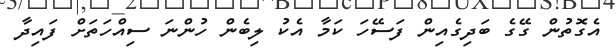
އެގޮތުން ގޭގެ ބަދިގެއިން ފަސޭހަ ކަމާ އެކު ލިބެން ހުންނަ ސިއްހަތަށް ފައިދާ